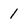
Character: 1